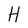
Character: H